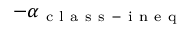
- \alpha _ { \mathrm { ~ c ~ l ~ a ~ s ~ s ~ - ~ i ~ n ~ e ~ q ~ } }